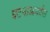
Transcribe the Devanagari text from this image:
घटनाआधारित